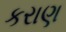
કરાણ